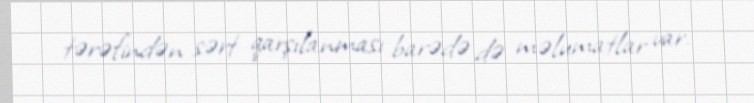
tərəfindən sərt qarşılanması barədə də məlumatlar var.